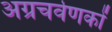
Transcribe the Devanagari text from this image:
अग्रचर्वणकों